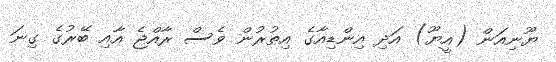
ޔޫނިއަން (އީޔޫ) އަދި އިންޑިއާގެ އިތުރުން ވެސް ރާއްޖެ އާއި ބޭރުގެ ގިނަ